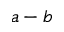
a - b